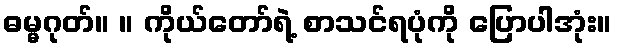
ဓမ္မဂုတ်။ ။ ကိုယ်တော်ရဲ့ စာသင်ရပုံကို ပြောပါအုံး။